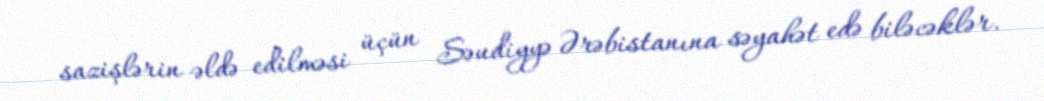
sazişlərin əldə edilməsi üçün Səudiyyə Ərəbistanına səyahət edə biləcəklər.